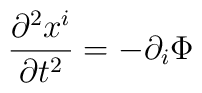
\frac{\partial^2 x^i}{\partial t^2} = - \partial_i \Phi